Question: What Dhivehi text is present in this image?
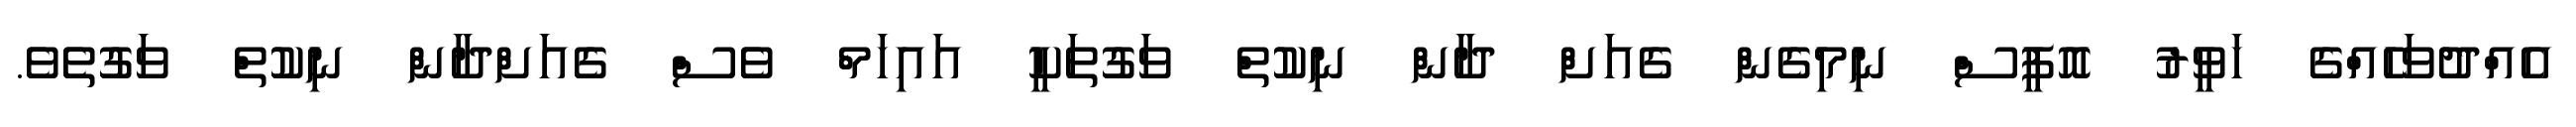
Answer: އެއްދުވަހެއްގެ ހަވީރު އޮފީސް ނިމިގެން ގެއަށް ދާން ނިކުތް ވަގުތަކީ އައިހަމް ވެސް ގެއަށްދާން ނިކުތް ވަގުތެވެ.